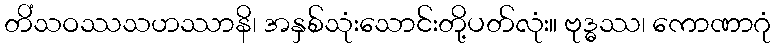
တိံသဝဿသဟဿာနိ၊ အနှစ်သုံးသောင်းတို့ပတ်လုံး။ ဗုဒ္ဓဿ၊ ကောဏာဂုံ